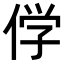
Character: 𬾣